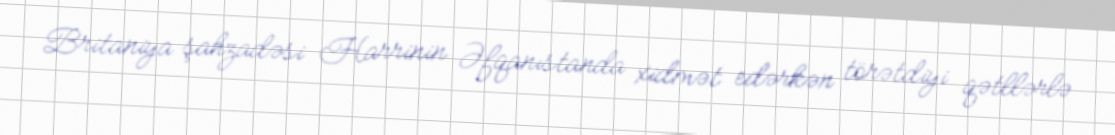
Britaniya şahzadəsi Harrinin Əfqanıstanda xidmət edərkən törətdiyi qətllərlə